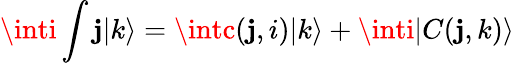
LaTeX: \inti\int\mathbf{j}|k\rangle=\intc(\mathbf{j},i)|k\rangle+\inti|C(\mathbf{j},k)\rangle